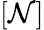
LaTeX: [\mathcal{N}]